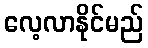
လေ့လာနိုင်မည်